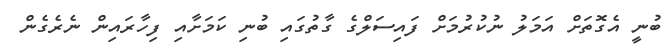
ބުނީ އެގޮތަށް އަމަލު ނުކުރުމަށް ފައިސަލްގެ ގާތުގައި ބުނި ކަމަށާއި ފިހާރައިން ނެރެގެން